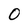
Character: 0